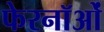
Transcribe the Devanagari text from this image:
फेरनॉओं